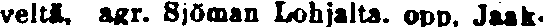
veltä, agr. Sjöman Lohjalta. opp. Jaak-